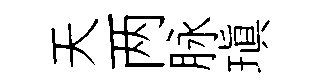
天两脉瑱